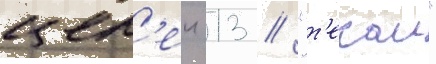
цел'еи 13 / "т'екаи"